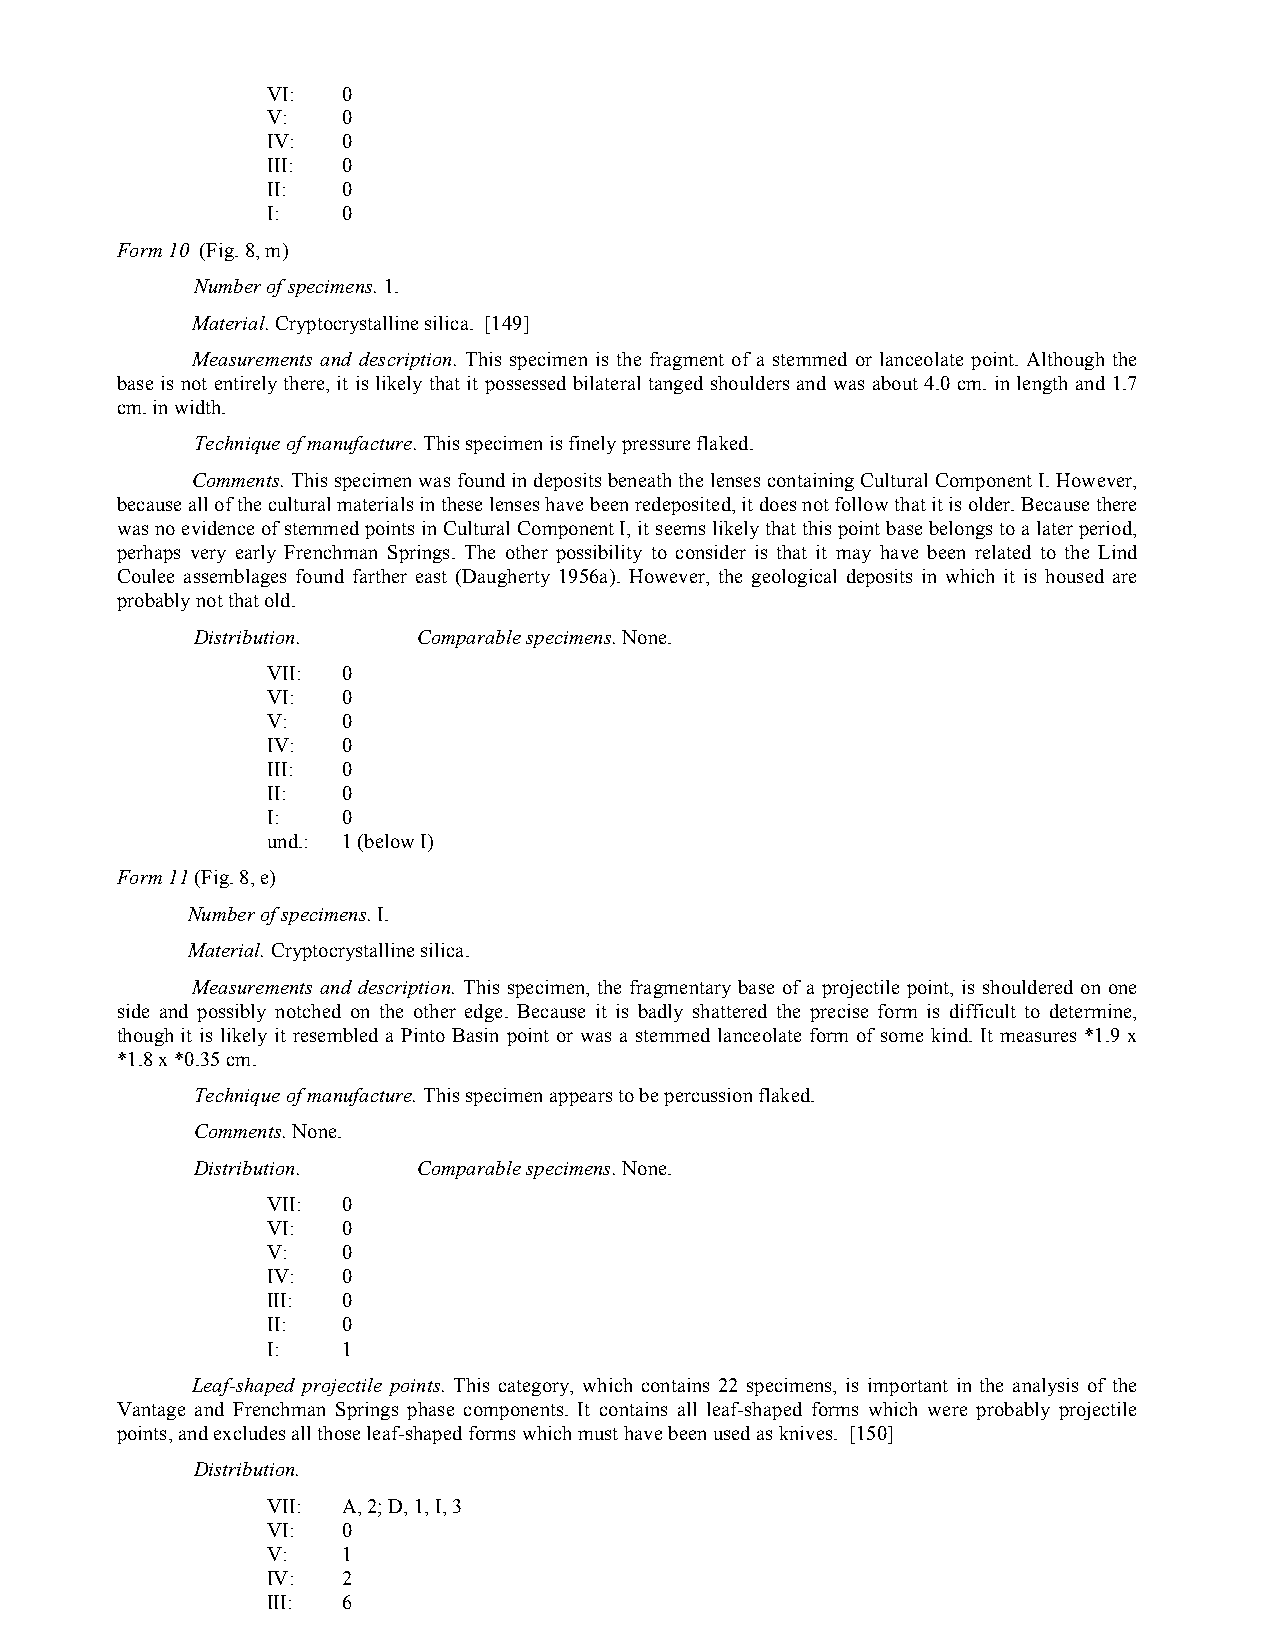
VI:  0
 V:   0
 IV:  0
 III: 0
 II:  0
 I:   0
 Form 10 (Fig. 8, m)
 Number of specimens. 1.
 Material. Cryptocrystalline silica. [149]
 Measurements and description. This specimen is the fragment of a stemmed or lanceolate point. Although the
 base is not entirely there, it is likely that it possessed bilateral tanged shoulders and was about 4.0 cm. in length and 1.7
 cm. in width.
 Technique of manufacture. This specimen is finely pressure flaked.
 Comments. This specimen was found in deposits beneath the lenses containing Cultural Component I. However,
 because all of the cultural materials in these lenses have been redeposited, it does not follow that it is older. Because there
 was no evidence of stemmed points in Cultural Component I, it seems likely that this point base belongs to a later period,
 perhaps very early Frenchman Springs. The other possibility to consider is that it may have been related to the Lind
 Coulee assemblages found farther east (Daugherty 1956a). However, the geological deposits in which it is housed are
 probably not that old.
 Distribution.  Comparable specimens. None.
 VII: 0
 VI:  0
 V:   0
 IV:  0
 III: 0
 II:  0
 I:   0
 und.: 1 (below I)
 Form 11 (Fig. 8, e)
 Number of specimens. I.
 Material. Cryptocrystalline silica.
 Measurements and description. This specimen, the fragmentary base of a projectile point, is shouldered on one
 side and possibly notched on the other edge. Because it is badly shattered the precise form is difficult to determine,
 though it is likely it resembled a Pinto Basin point or was a stemmed lanceolate form of some kind. It measures *1.9 x
 *1.8 x *0.35 cm.
 Technique of manufacture. This specimen appears to be percussion flaked.
 Comments. None.
 Distribution.  Comparable specimens. None.
 VII: 0
 VI:  0
 V:   0
 IV:  0
 III: 0
 II:  0
 I:   1
 Leaf-shaped projectile points. This category, which contains 22 specimens, is important in the analysis of the
 Vantage and Frenchman Springs phase components. It contains all leaf-shaped forms which were probably projectile
 points, and excludes all those leaf-shaped forms which must have been used as knives. [150]
 Distribution.
 VII: A, 2; D, 1, I, 3
 VI:  0
 V:   1
 IV:  2
 III: 6